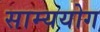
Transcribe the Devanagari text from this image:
साम्ययोग